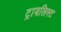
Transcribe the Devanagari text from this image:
ट्रायलिस्ट